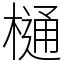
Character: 樋